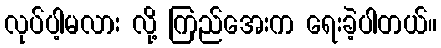
လုပ်ပါ့မလား လို့ ကြည်အေးက ရေးခဲ့ပါတယ်။